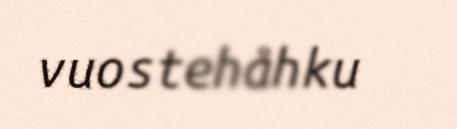
vuostehåhku